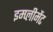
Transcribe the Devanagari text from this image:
इम्प्लीमेंट